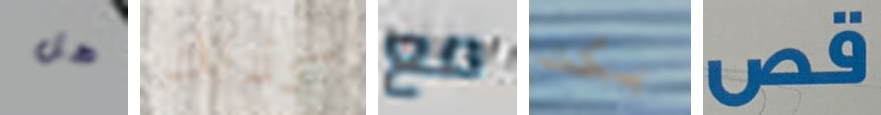
هل كذلك مع بكت قص